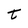
Character: t